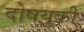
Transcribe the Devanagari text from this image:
दोषयुकी